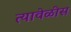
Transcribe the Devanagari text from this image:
त्यावेळीस